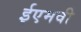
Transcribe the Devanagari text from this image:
ईएमवी